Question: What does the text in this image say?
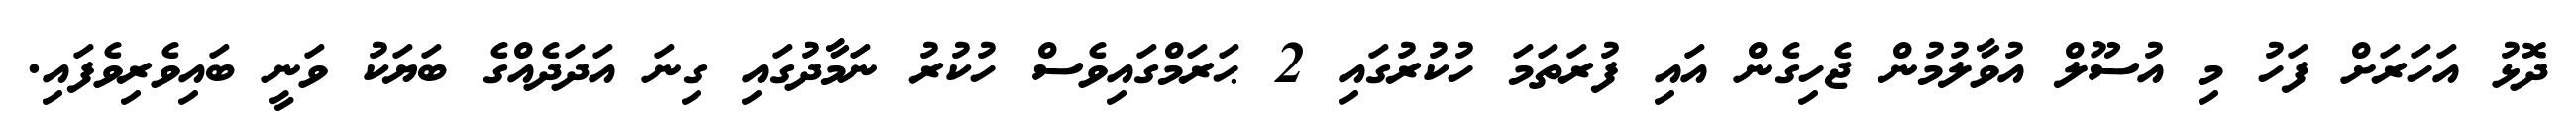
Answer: ދޮޅު އަހަރަށް ފަހު މި އުސޫލް އުވާލުމުން ޖެހިގެން އައި ފުރަތަމަ ހުކުރުގައި 2 ޙަރަމްގައިވެސް ހުކުރު ނަމާދުގައި ގިނަ އަދަދެއްގެ ބަޔަކު ވަނީ ބައިވެރިވެފައި.